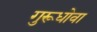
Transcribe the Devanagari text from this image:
गुरूधोवा